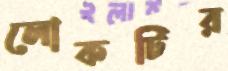
লোকটির